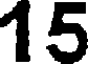
15